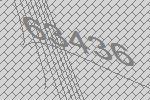
63436